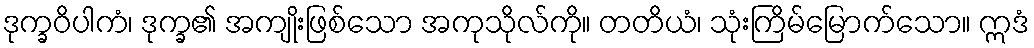
ဒုက္ခဝိပါကံ၊ ဒုက္ခ၏ အကျိုးဖြစ်သော အကုသိုလ်ကို။ တတိယံ၊ သုံးကြိမ်မြောက်သော။ ဣဒံ